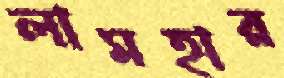
লামহার